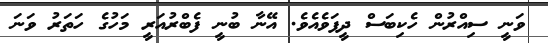
ވަނީ ސިއްރުން ހެކިބަސް ދީފަވެއެވެ. އޭނާ ބުނީ ފެބްރުއަރީ މަހުގެ ހަތަރު ވަނަ